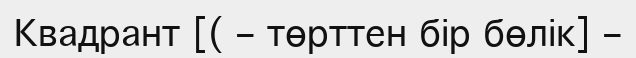
Квадрант [( – төрттен бір бөлік] –